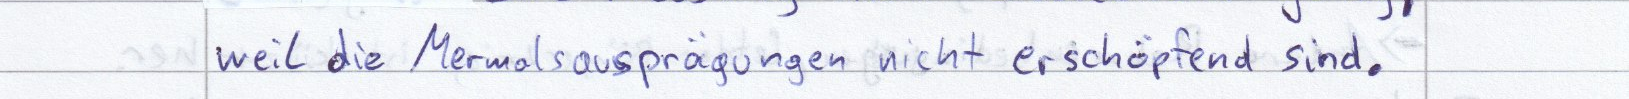
weil die Merkmalsausprägungen nicht erschöpfend sind.